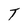
Character: T